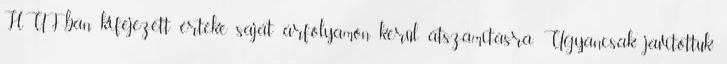
HUF-ban kifejezett értéke saját árfolyamon kerül átszámításra. Ugyancsak javítottuk